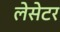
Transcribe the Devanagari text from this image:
लेसेटर